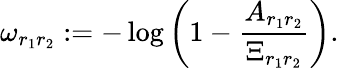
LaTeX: \omega_{r_{1}r_{2}}:=-\log{\left(1-\frac{A_{r_{1}r_{2}}}{\Xi_{r_{1}r_{2}}}\right)}.